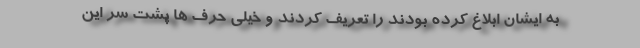
به ایشان ابلاغ کرده بودند را تعریف کردند و خیلی حرف ها پشت سر این